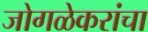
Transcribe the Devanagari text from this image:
जोगळेकरांचा